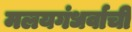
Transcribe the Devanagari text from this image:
मलयगंधर्वाची